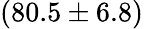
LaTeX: (80.5\pm 6.8)\